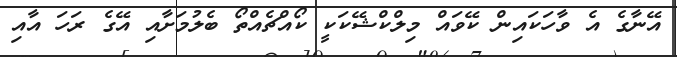
އޭނާގެ އެ ވާހަކައިން ކޭވައް މިލްކްޝޭކަކީ ކޯއްޗެއްތޯ ބެލުމަށާއި އޭގެ ރަހަ އާއި